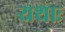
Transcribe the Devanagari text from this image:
यथाः